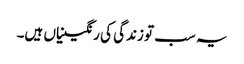
یہ سب تو زندگی کی رنگینیاں ہیں۔